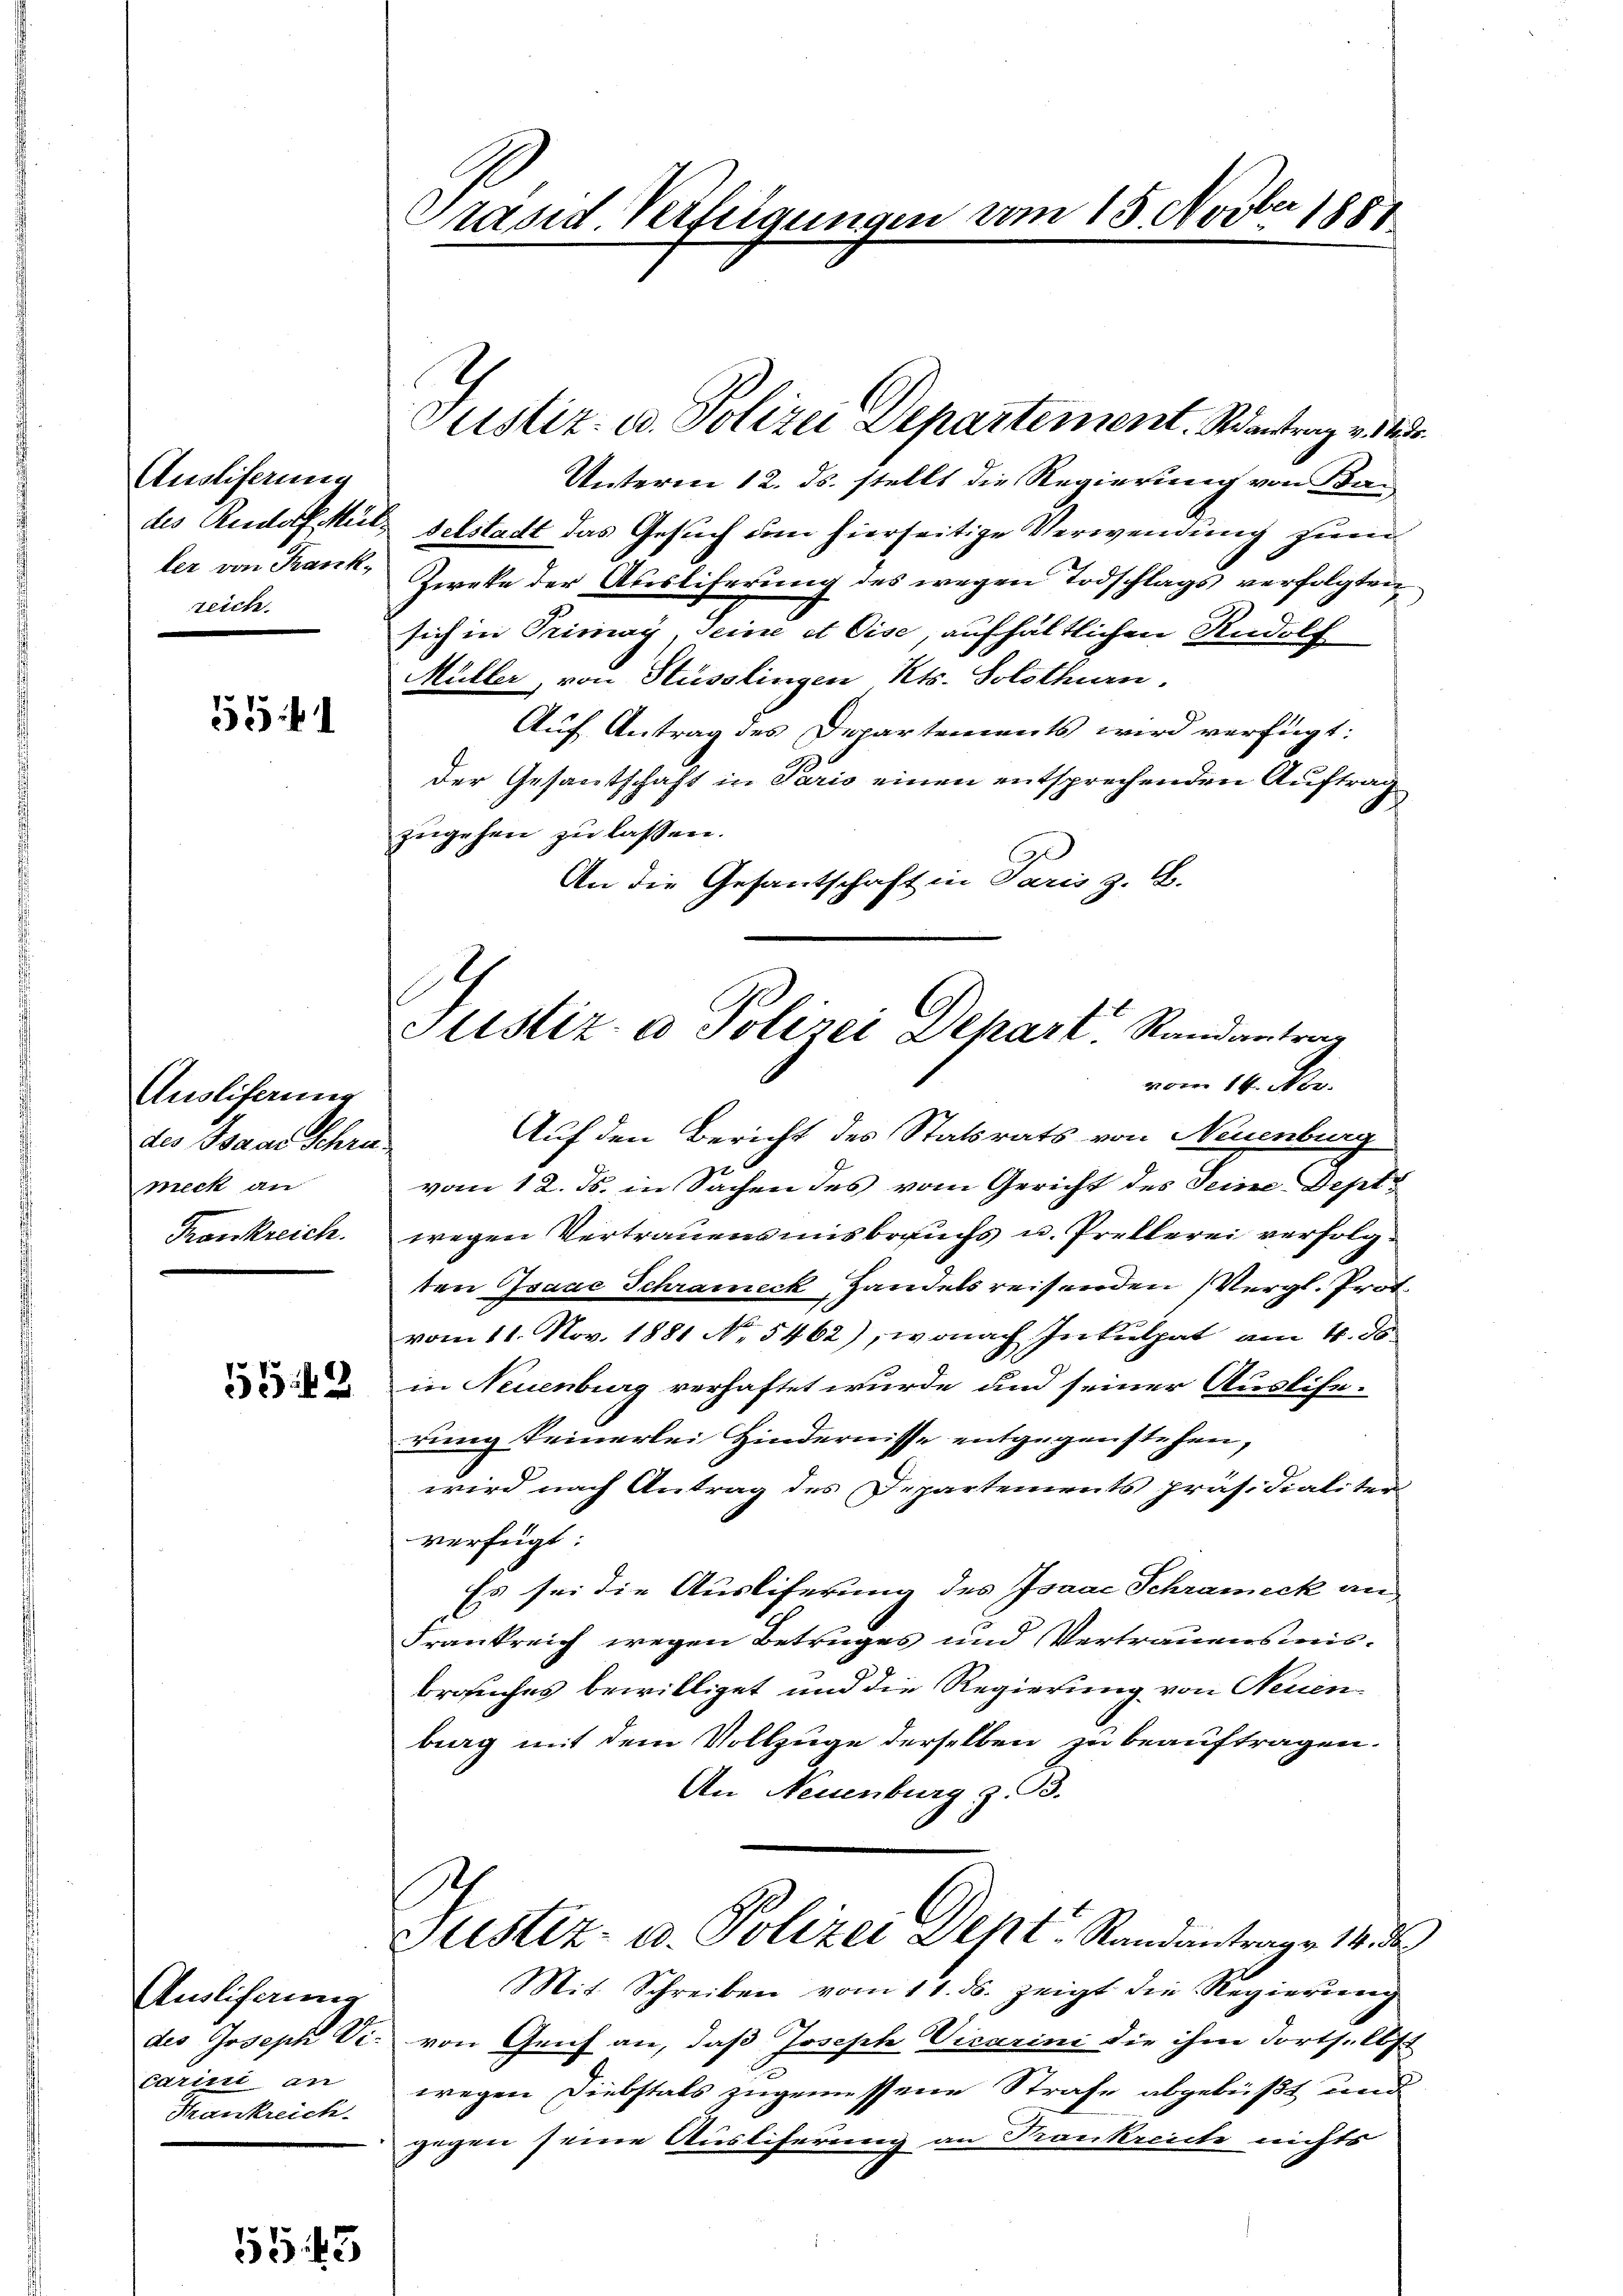
Austiferung
des Rudolf Müller von Frank,
reich.

531

Ausliferung
des Baar Schrimeck an
Tronkreich.

5549.

Auslieferung
Carini an
Thankreich

555. 43

Präsid. Verfügungen vom 15. Novber 1881

Unterm 12. ds. stellt die Regierung von Badelstadt das Gesuch um hierseitige Verwendung zum
Zweke der Ausliferung des wegen Todschlags verfolgten
sich in Primay, Seine et Oise, aufhältlichen Rudolf
Müller, von Stüsslingen Kts. Solothurn.
Auf Antrag des Departements wird verfügt:
der Gesantschaft in Paris einen entsprechenden Auftrag
zugehen zu lassen.
An die Gesantschaft in Paris z. B.
d

Justiz- u. Polizei Departement. Mantrag v. 23.

Justiz- & Polizei Depart Randantrag
vom 14. No.

Auf den Bericht des Statsrats von Neuenburg
vom 12. ds. in Sachen des vom Gericht des Seine Deptwegen Vertrauens uns brauchs u. Prellerei verfolgten Isaac Schrameck, Handelsreisenden Vergl. Prof.
vom 11. Nov. 1881 No 5462), wonach Inkulpat am 4. ds.
in Neuenburg verhaftet wurde und seiner Ausliserung keinerlei Hindernisse entgegenstehen,
wird nach Antrag des Departements präsidialiter
verfügt:
Es sei die Ausliferung des Isaac Schramick an
Frankreich wegen Betruges und Vertrauensmisbrauches bewilliget und die Regierung von Neuen
berg mit dem Vollzuge derselben zu beauftragen.
An Neuenburg z. 3.
Justiz- u. Polizei Dept. Standantrage 14 d
Mit Schreiben vom 11. ds. zeigt die Regierŭng
des Joseph Vi. von Genf an, daß Joseph Vicarini die ihm dortselbst
wegen Diebstals zugemessene Strafe abgebüßt und
gegen seine Ausliferung an Prankreiche nichts